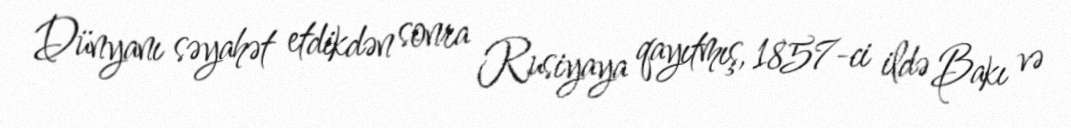
Dünyanı səyahət etdikdən sonra Rusiyaya qayıtmış, 1857-ci ildə Bakı və